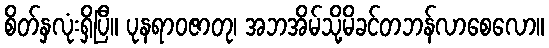
စိတ်နှလုံးရှိပြီ။ ပုနရာဝဇာတု၊ အဘအိမ်သို့မိခင်တဘန်လာစေလော။